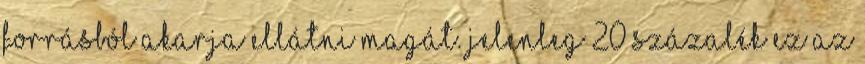
forrásból akarja ellátni magát. Jelenleg 20 százalék ez az